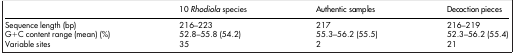
<table><thead><tr><td><b> </b></td><td><b>10 <i>Rhodiola</i> species</b></td><td><b>Authentic samples</b></td><td><b>Decoction pieces</b></td></tr></thead><tbody><tr><td>Sequence length (bp)</td><td>216–223</td><td>217</td><td>216–219</td></tr><tr><td>G+C content range (mean) (%)</td><td>52.8–55.8 (54.2)</td><td>55.3–56.2 (55.5)</td><td>52.3–56.2 (55.4)</td></tr><tr><td>Variable sites</td><td>35</td><td>2</td><td>21</td></tr></tbody></table>